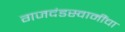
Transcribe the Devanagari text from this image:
गजदंडस्वामींचा